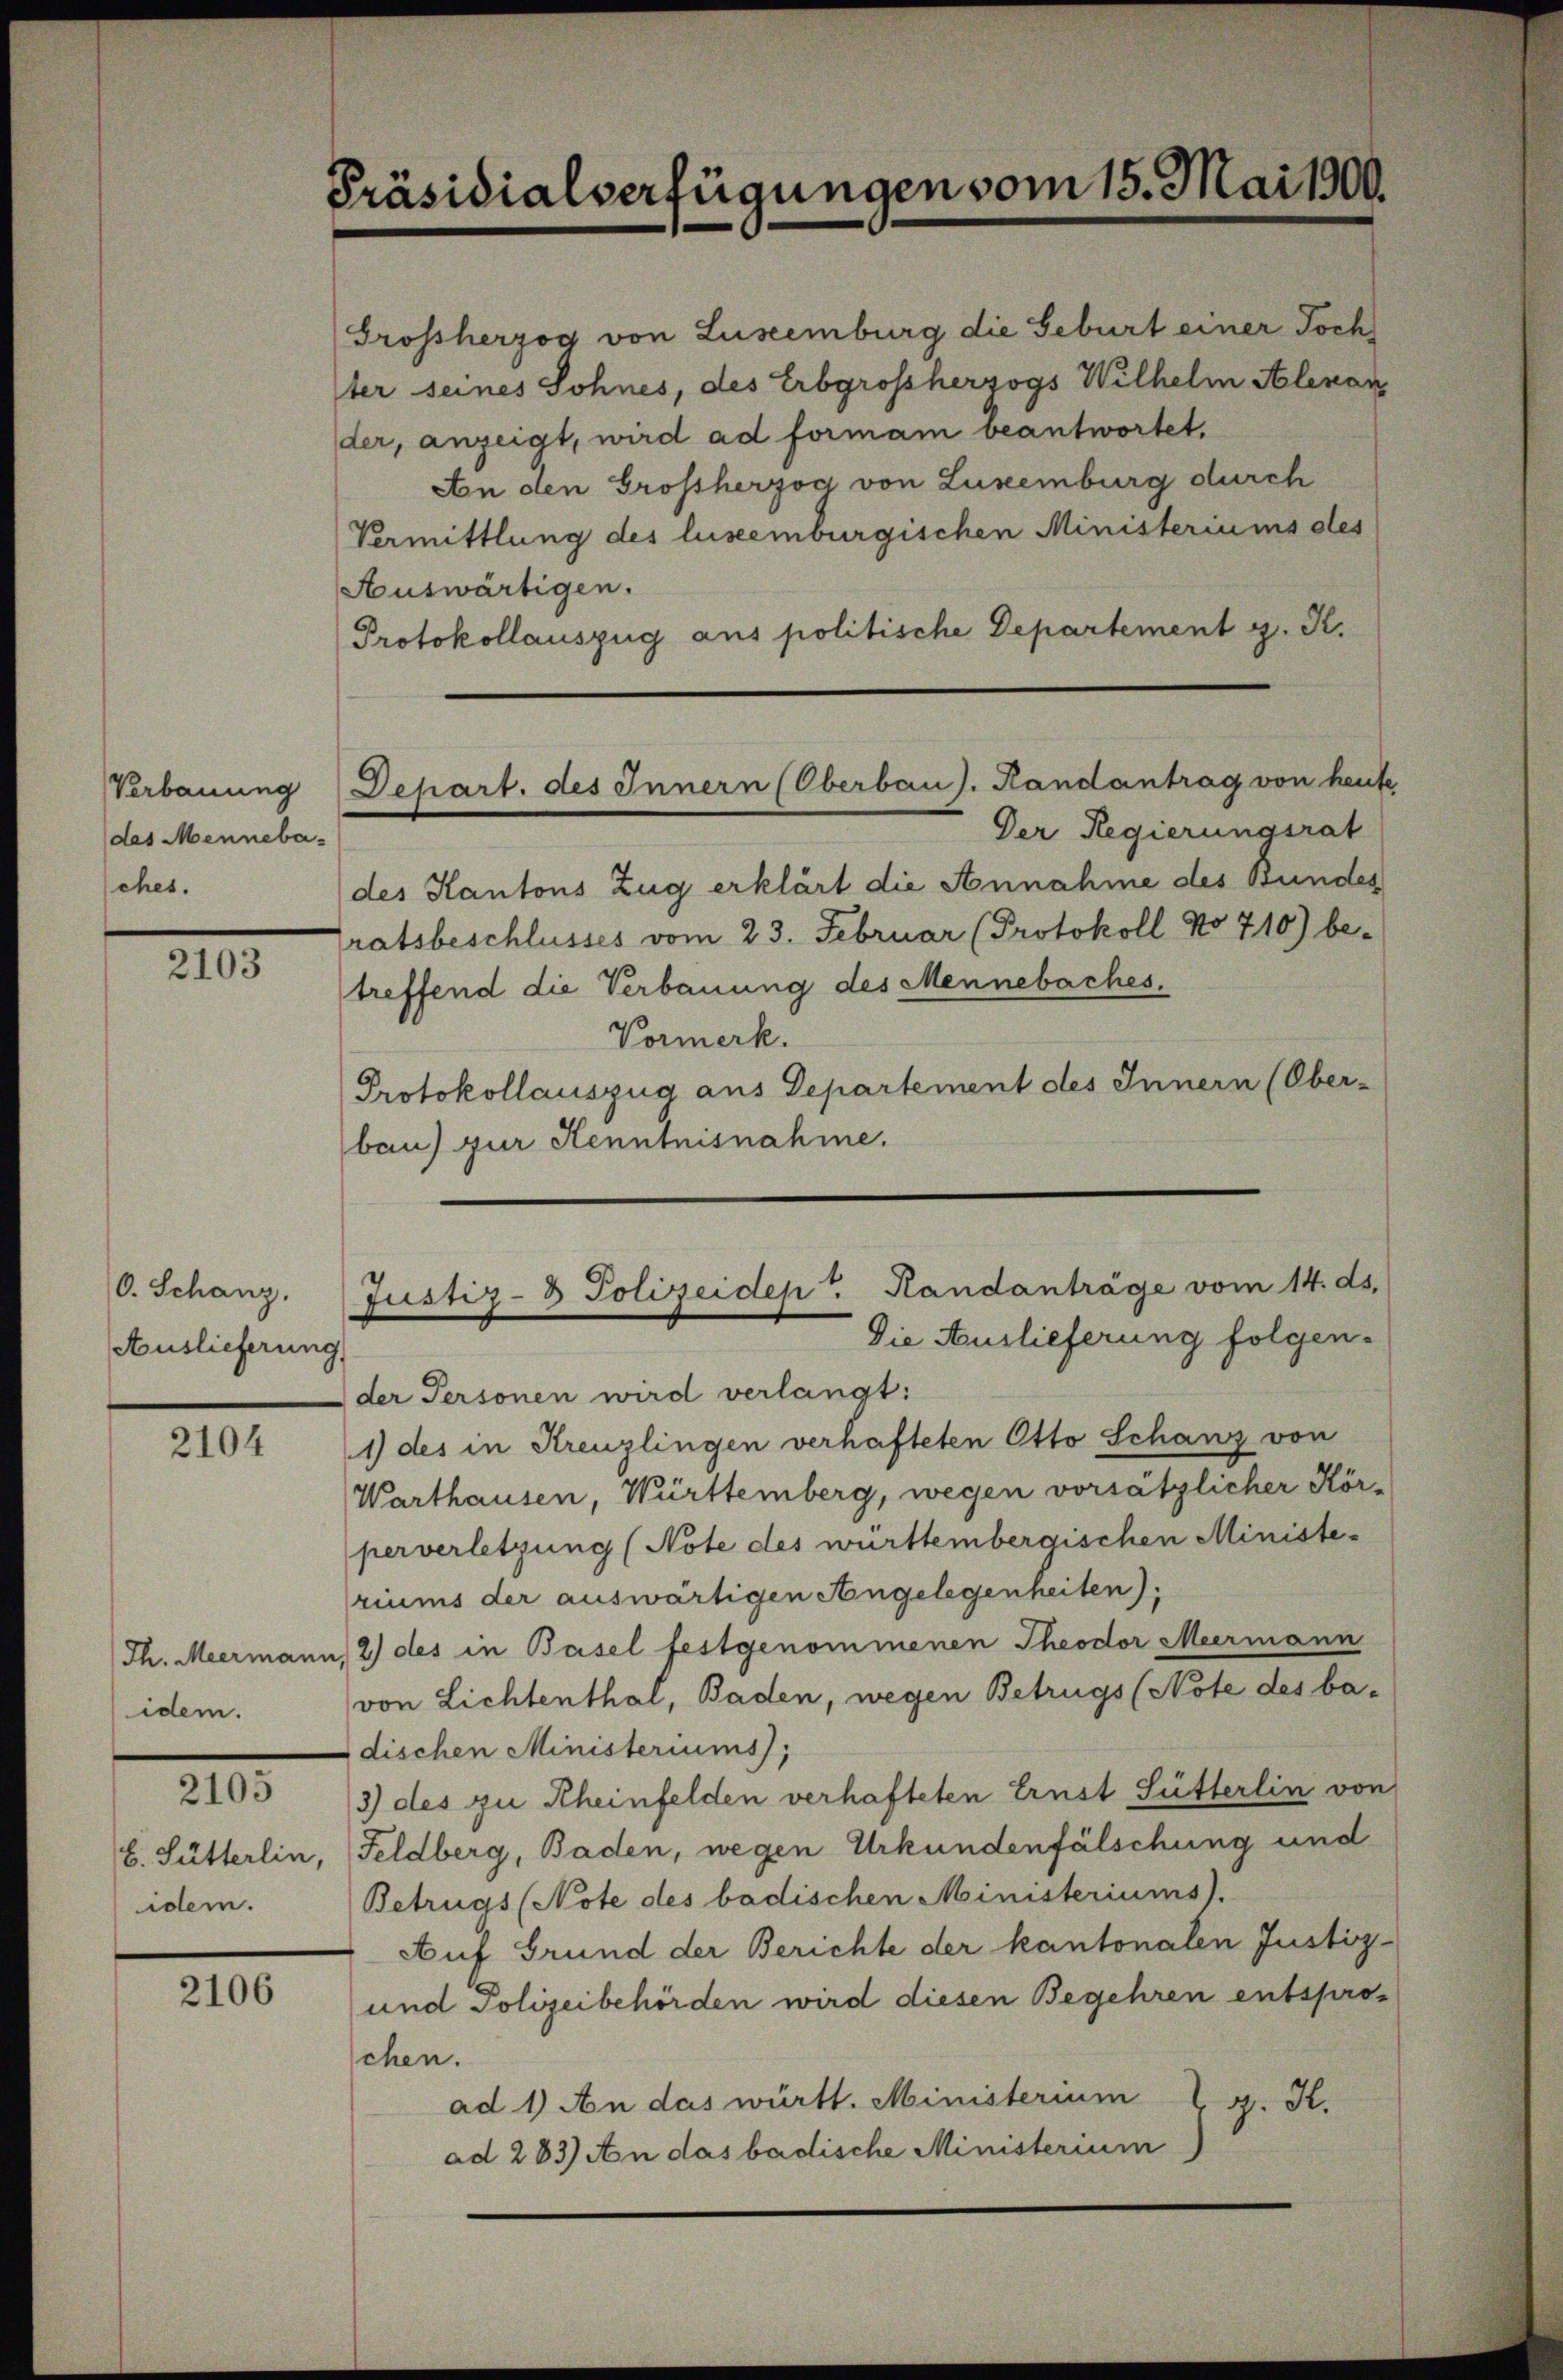
Verbauung
des Mennebaehes.

2103

0. Schanz.
Auslieferung

2104

idem.

2105

idem.

2106

Präsidialverfügungen vom 15. Mai 1900.

Auswärtigen.
Protokollauszug aus politische Departement z. R.
Depart. des Innern (Oberbau ). Handantrag von heute
Der Regierungsrat
des Kantons Zug erklärt die Annahme des Bundes
ratsbeschlusses vom 23. Februar (Protokoll No 710) be-
treffend die Verbauung des Mennebaches.
Vormerk.
Protokollauszug aus Departement des Innern (Ober-
bau) zur Kenntnisnahme.

Grossherzog von Luseemburg die Geburt einer Toch
Iter seines Sohnes, des Erbgrossherzogs Wilhelm Alexan
der, anzeigt, wird ad formam beantwortet.
An den Grossherzog von Luxenburg durch
Vermittlung des luseemburgischen Ministeriums des

Justiz- & Polizeiden Randanträge vom 14. ds.
Die Auslieferung folgen.

der Personen wird verlangt:
1) des in Kreuzlingen verhafteten Otto Schanz von
Warthausen, Württemberg, wegen vorsätzlicher Körperverletzung (Note des württembergischen Ministe-
riums der auswärtigen Angelegenheiten);
Th. Meermann, 2) des in Basel festgenommenen Theodor Meermann
von Lichtenthal, Baden, wegen Betrugs (Note des ba-
dischen Ministeriums);
3) des zu Rheinfelden verhafteten Ernst Fütterlin von
b. Sutterlin, Feldberg, Baden, wegen Urkundenfälschung und
Betrugs (Note des badischen Ministeriums).
Auf Grund der Berichte der kantonalen Justiz-
und Polizeibehörden wird diesen Begehren entsproschen.
ad 1) An das württ. Ministerium
g. H.
ad 283) An das badische Ministerium